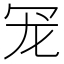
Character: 𮰄